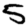
Digit: 5